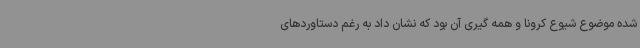
شده موضوع شیوع کرونا و همه گیری آن بود که نشان داد به رغم دستاوردهای